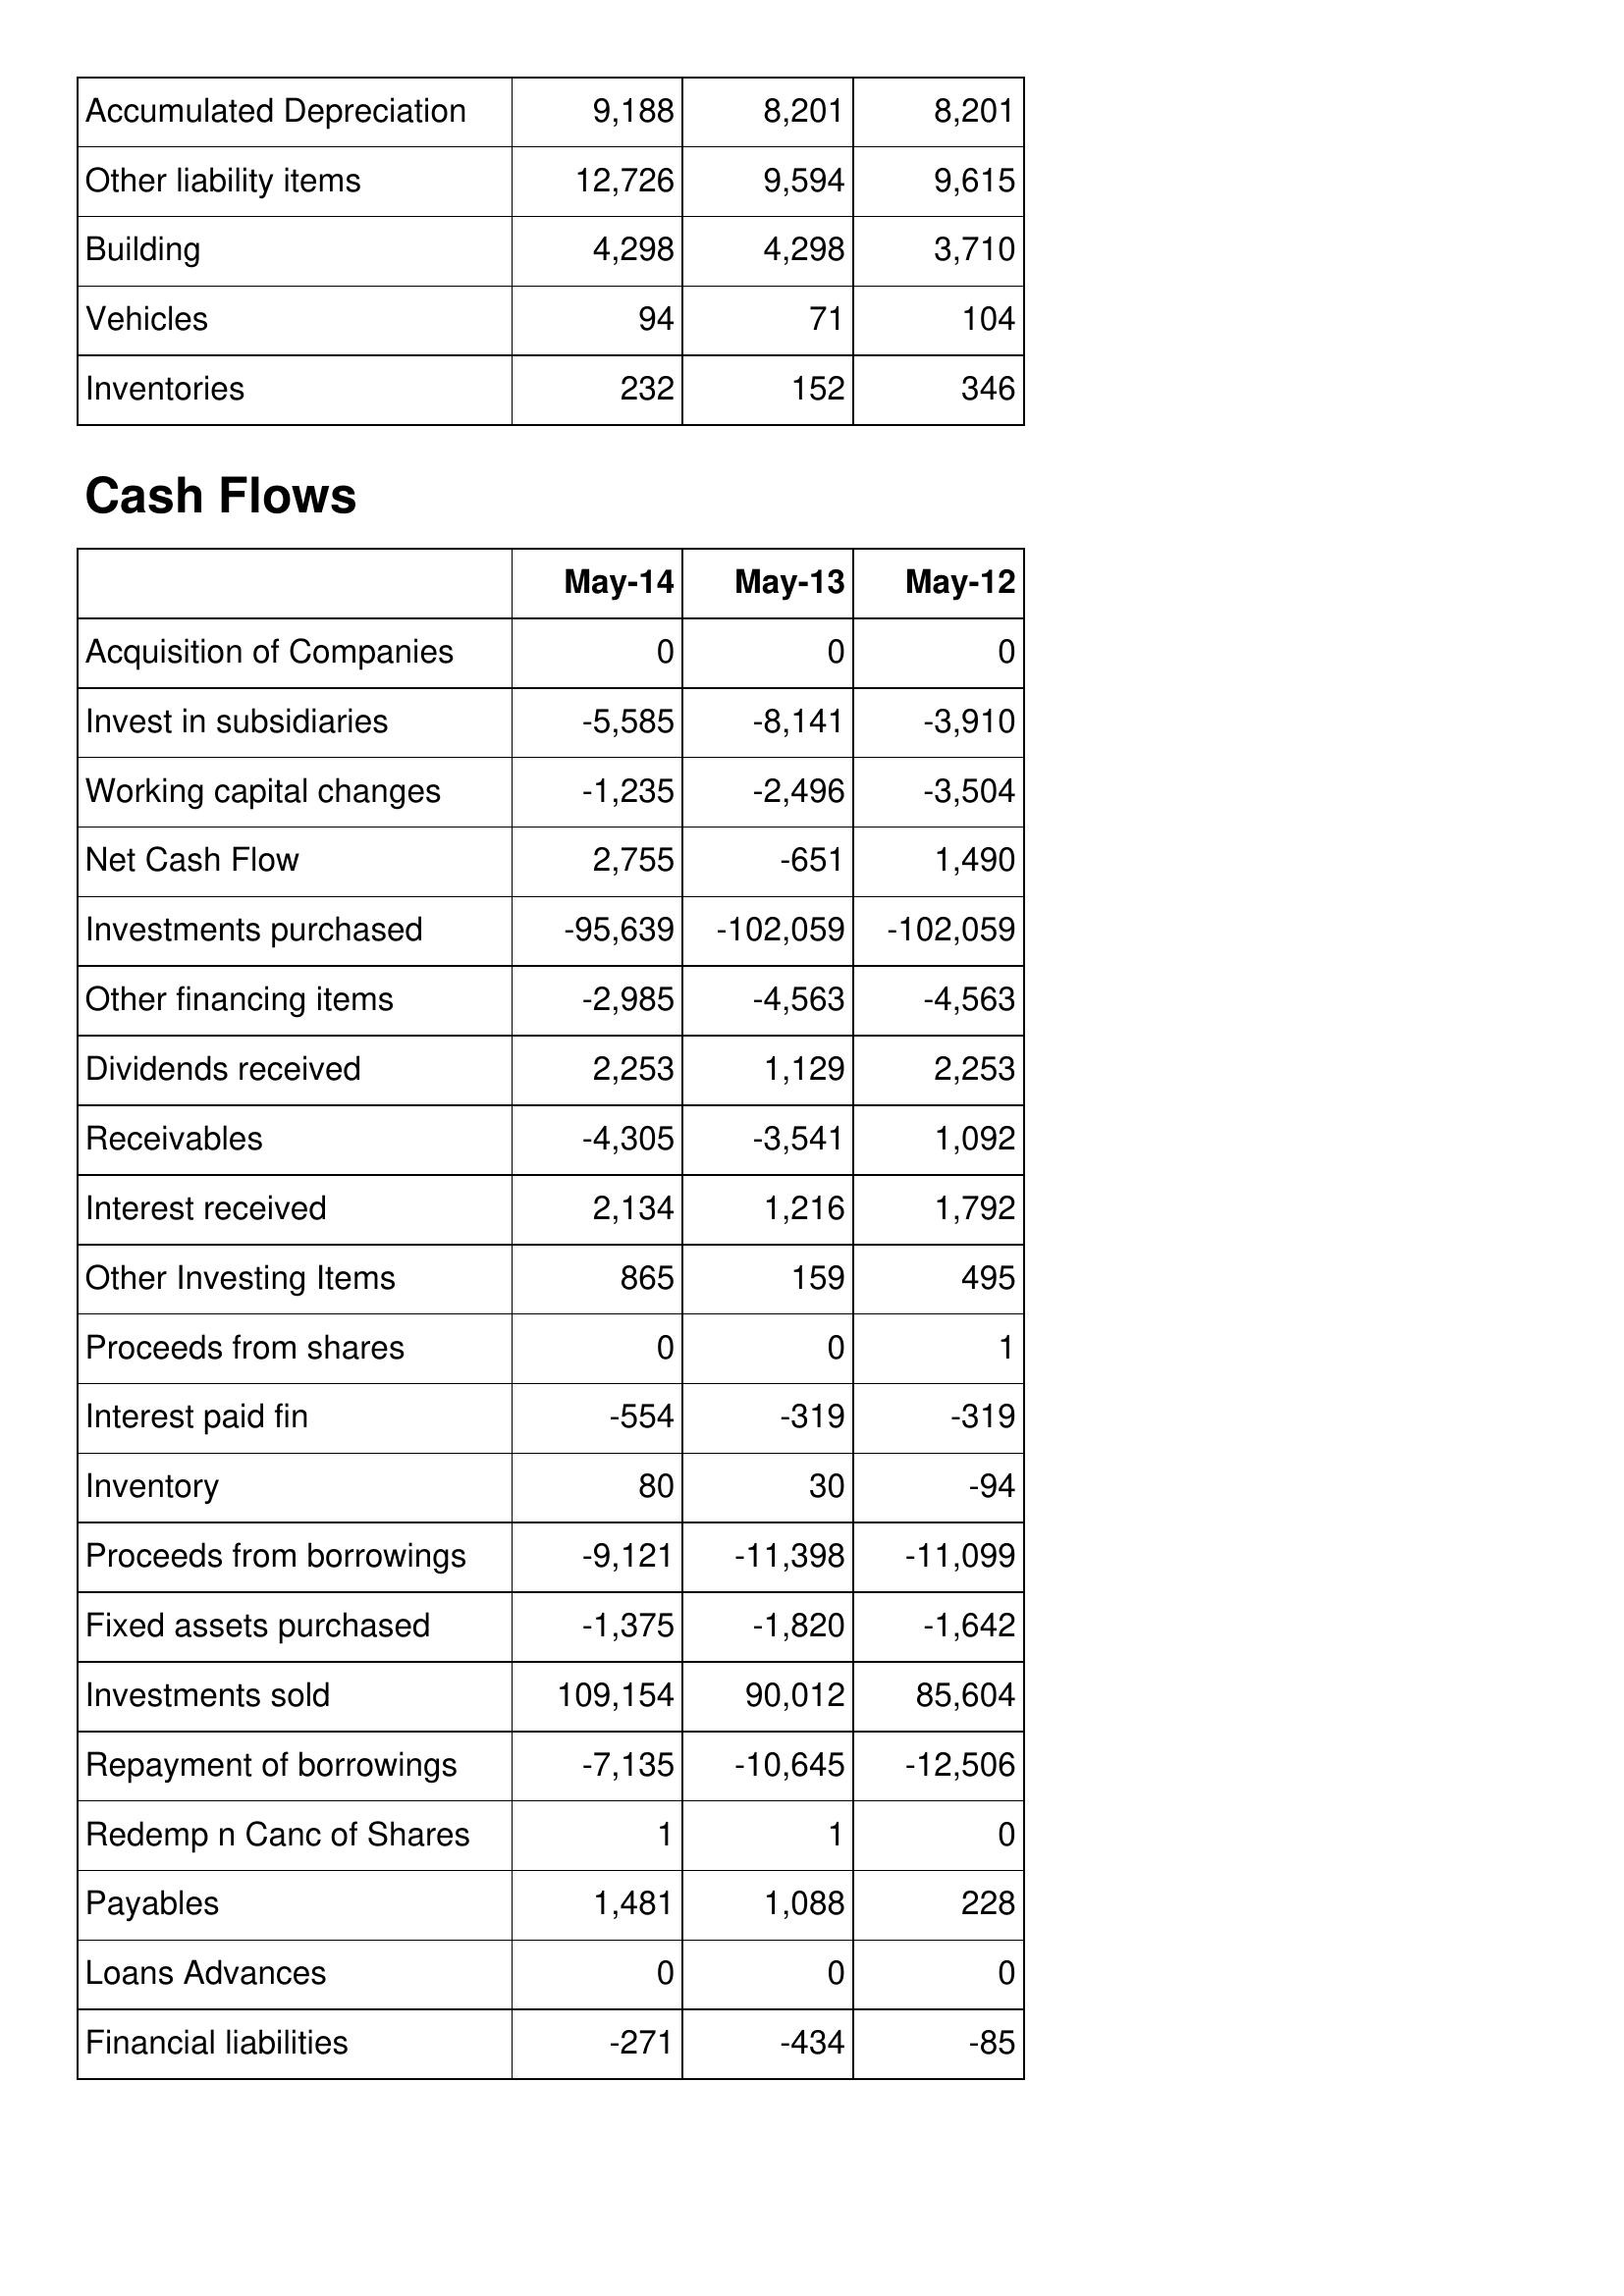
May-14: Balance Sheet: Accumulated Depreciation: 9,188
Other liability items: 12,726
Building: 4,298
Vehicles: 94
Inventories: 232
Cash Flows: Acquisition of Companies: 0
Invest in subsidiaries: -5,585
Working capital changes: -1,235
Net Cash Flow: 2,755
Investments purchased: -95,639
Other financing items: -2,985
Dividends received: 2,253
Receivables: -4,305
Interest received: 2,134
Other Investing Items: 865
Proceeds from shares: 0
Interest paid fin: -554
Inventory: 80
Proceeds from borrowings: -9,121
Fixed assets purchased: -1,375
Investments sold: 109,154
Repayment of borrowings: -7,135
Redemp n Canc of Shares: 1
Payables: 1,481
Loans Advances: 0
Financial liabilities: -271
May-13: Balance Sheet: Accumulated Depreciation: 8,201
Other liability items: 9,594
Building: 4,298
Vehicles: 71
Inventories: 152
Cash Flows: Acquisition of Companies: 0
Invest in subsidiaries: -8,141
Working capital changes: -2,496
Net Cash Flow: -651
Investments purchased: -102,059
Other financing items: -4,563
Dividends received: 1,129
Receivables: -3,541
Interest received: 1,216
Other Investing Items: 159
Proceeds from shares: 0
Interest paid fin: -319
Inventory: 30
Proceeds from borrowings: -11,398
Fixed assets purchased: -1,820
Investments sold: 90,012
Repayment of borrowings: -10,645
Redemp n Canc of Shares: 1
Payables: 1,088
Loans Advances: 0
Financial liabilities: -434
May-12: Balance Sheet: Accumulated Depreciation: 8,201
Other liability items: 9,615
Building: 3,710
Vehicles: 104
Inventories: 346
Cash Flows: Acquisition of Companies: 0
Invest in subsidiaries: -3,910
Working capital changes: -3,504
Net Cash Flow: 1,490
Investments purchased: -102,059
Other financing items: -4,563
Dividends received: 2,253
Receivables: 1,092
Interest received: 1,792
Other Investing Items: 495
Proceeds from shares: 1
Interest paid fin: -319
Inventory: -94
Proceeds from borrowings: -11,099
Fixed assets purchased: -1,642
Investments sold: 85,604
Repayment of borrowings: -12,506
Redemp n Canc of Shares: 0
Payables: 228
Loans Advances: 0
Financial liabilities: -85